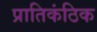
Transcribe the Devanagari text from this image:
प्रातिकंठिक